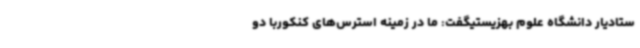
ستادیار دانشگاه علوم بهزیستیگفت: ما در زمینه استرس‌های کنکوربا دو